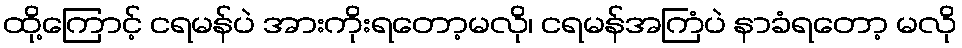
ထို့ကြောင့် ငရမန်ပဲ အားကိုးရတော့မလို၊ ငရမန်အကြံပဲ နာခံရတော့ မလို